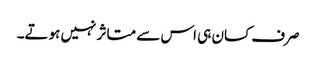
صرف کسان ہی اس سے متاثر نہیں ہوتے۔